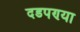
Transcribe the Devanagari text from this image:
दडपण्या